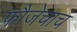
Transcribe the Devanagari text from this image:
फौजेचाच